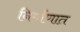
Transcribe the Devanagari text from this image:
निर्माणात